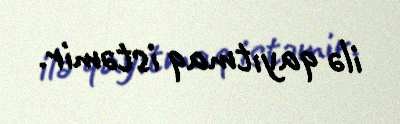
ilə qayıtmaq istəmir.